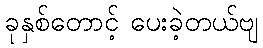
ခုနှစ်တောင့် ပေးခဲ့တယ်ဗျ